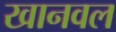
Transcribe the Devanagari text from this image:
खानवल